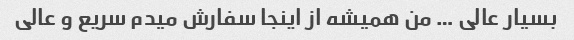
بسیار عالی … من همیشه از اینجا سفارش میدم سریع و عالی